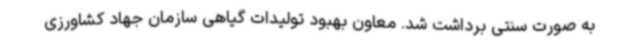
به صورت سنتی برداشت شد. معاون بهبود تولیدات گیاهی سازمان جهاد کشاورزی